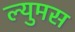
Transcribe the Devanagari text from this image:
ल्युमस